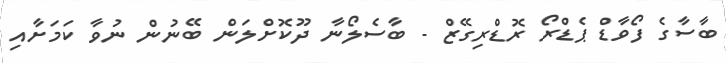
ބާސާގެ ފޯވާޑް ޕެޑްރޯ ރޮޑްރިގޭޒް - ބާސެލޯނާ ދޫކޮށްލަން ބޭނުން ނުވާ ކަމަށާއި